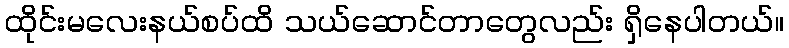
ထိုင်းမလေးနယ်စပ်ထိ သယ်ဆောင်တာတွေလည်း ရှိနေပါတယ်။